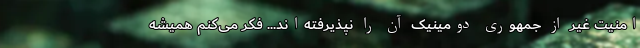
امنیت غیر از جمهوری دومینیک آن را نپذیرفته‌اند... فکر می‌کنم همیشه